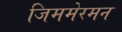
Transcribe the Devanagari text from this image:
जिममेरमन